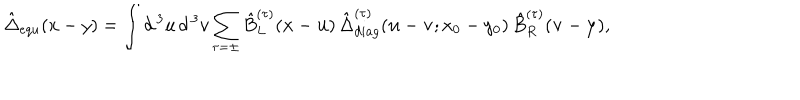
LaTeX: \hat { \Delta } _ { e q u } ( x - y ) = \int d ^ { \, 3 } u \, d ^ { \, 3 } v \sum _ { \tau = \pm } \hat { B } _ { L } ^ { ( \tau ) } ( { \bf x } - { \bf u } ) \, \hat { \Delta } _ { d i a g } ^ { ( \tau ) } ( { \bf u } - { \bf v } ; x _ { 0 } - y _ { 0 } ) \, \hat { B } _ { R } ^ { ( \tau ) } ( { \bf v } - { \bf y } ) ,